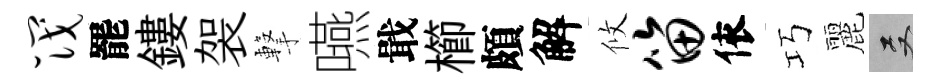
筏罷鏤袈撃嚥戢櫛頗解攸笛依巧麗双